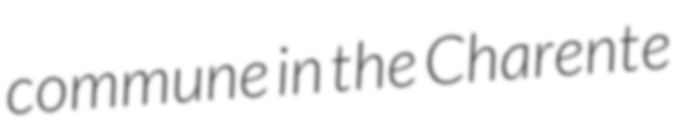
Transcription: commune in the Charente